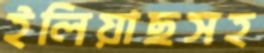
ইলিয়াছসহ